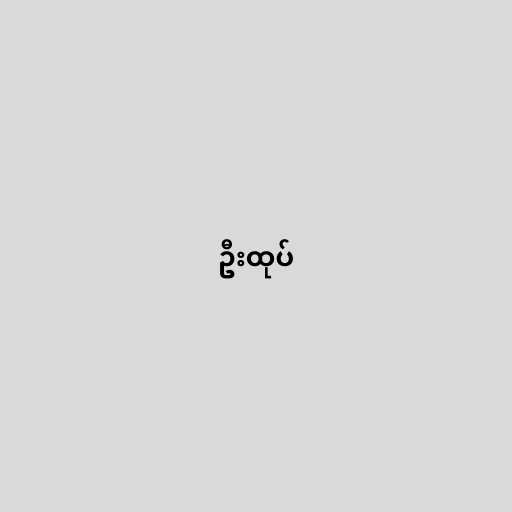
ဦးထုပ်